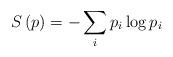
LaTeX: \begin{align*}S\left(p\right)=-\sum_{i}p_{i}\log p_{i} \end{align*}